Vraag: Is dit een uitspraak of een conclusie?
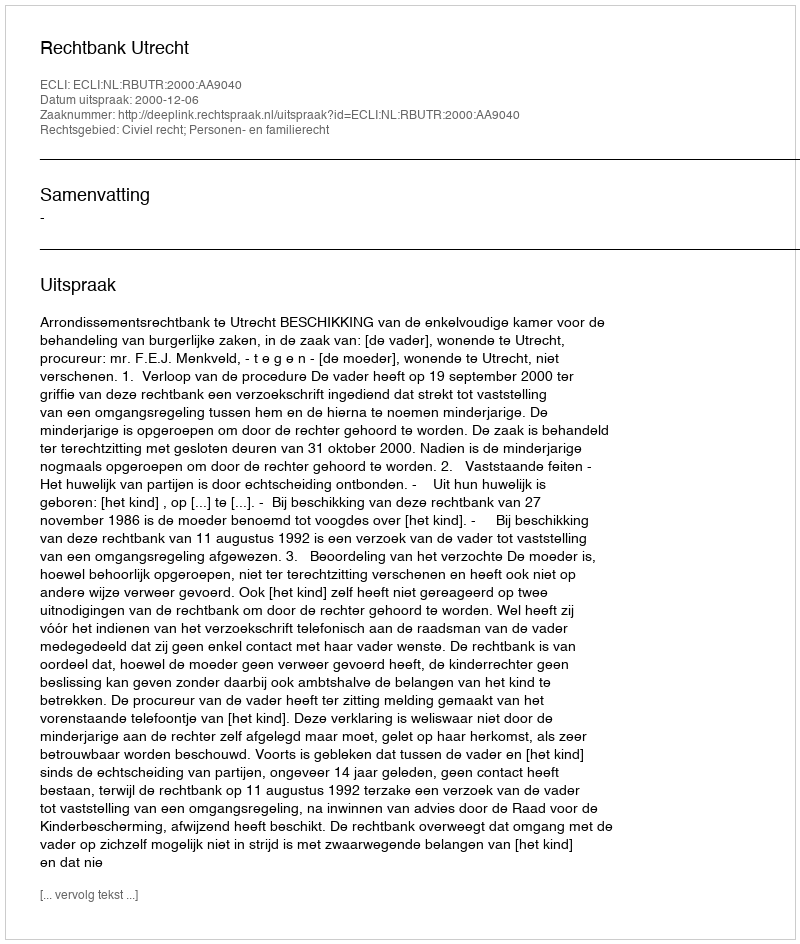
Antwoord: Uitspraak